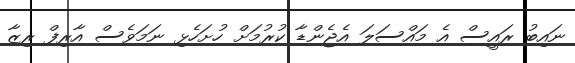
ނައިބު ރައީސް އެ މައްސަލަ އެޖެންޑާ ކުރުމަށް ހުށަހެޅި ނަމަވެސް އާރިފް ރިޒާ